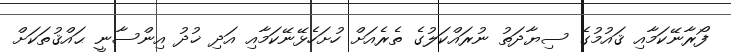
ފޯރާނޭކަމާއި ޤައުމުގެ ސިޔާދަތު ނުރައްކަލުގެ ތެރެއަށް ހުށަހެޅޭނޭކަމާއި އަދި ޚުދު އިންސާނީ ޙައްޤުތަކަށް